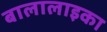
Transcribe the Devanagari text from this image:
बालालाइका